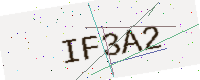
Text: IF3A2